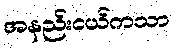
အနည်းငယ်ကသာ